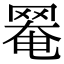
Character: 𦋙